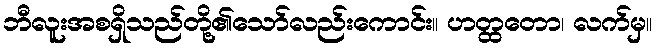
ဘီလူးအစရှိသည်တို့၏သော်လည်းကောင်း။ ဟတ္ထတော၊ လက်မှ။